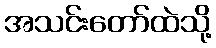
အသင်းတော်ထဲသို့